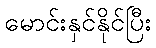
မောင်းနှင်နိုင်ပြီး